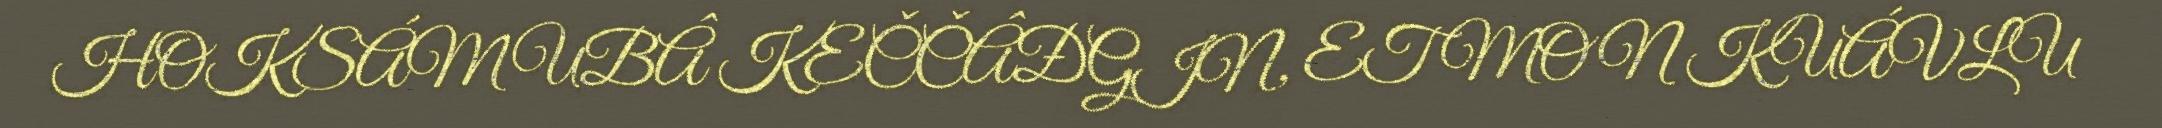
HOKSÁM UBÂ KEČČÂĐGIN, ET MON KUÁVLU